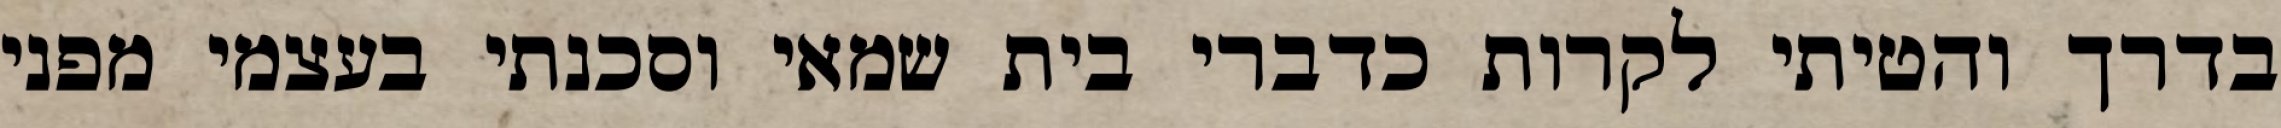
בדרך והטיתי לקרות כדברי בית שמאי וסכנתי בעצמי מפני